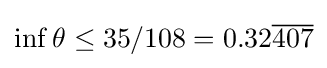
\inf \theta \leq 35/108=0.32{\overline {407}}